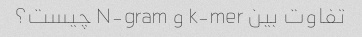
تفاوت بین k-mer و N-gram چیست؟